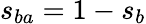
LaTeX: s_{ba}=1-s_{b}